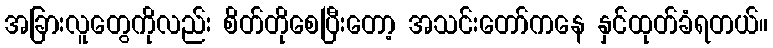
အခြားလူတွေကိုလည်း စိတ်တိုစေပြီးတော့ အသင်းတော်ကနေ နှင်ထုတ်ခံရတယ်။